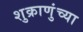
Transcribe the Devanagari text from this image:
शुक्राणुंच्या